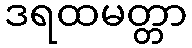
ဒရထမတ္တာ